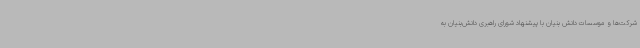
شرکت‌ها و موسسات دانش بنیان با پیشنهاد شورای راهبری دانش‌بنیان به